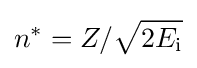
n^{*}=Z/{\sqrt {2E_{\text{i}}}}